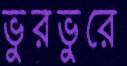
ভুরভুরে